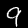
Label: 9